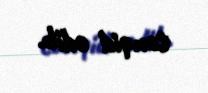
tənqid edib.